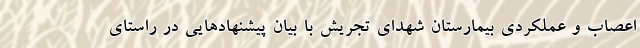
اعصاب و عملکردی بیمارستان شهدای تجریش با بیان پیشنهادهایی در راستای